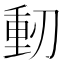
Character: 𠞕